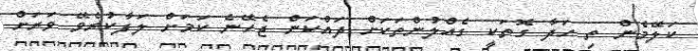
ކަލޭމެން ތި ހަދާ ގޮތަކީ ގެއްލުންތަކަށް ދައްކަން ޖެހޭނެ ކަމަށް ލަފާކުރެވޭ ވަރަށް